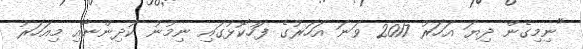
"ނިމިގެން ދިޔަ އަހަރު 2017 ވަނަ އަހަރުގެ ފަހުކޮޅުގައި ނިމުނު ކުދިންނާއި މިއަހަރު